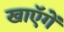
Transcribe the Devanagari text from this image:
खाएॅगें